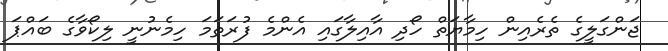
ޖަންގަލީގެ ތެރެއިން ހިމާޔަތް ހޯދި އާއިލާގައި އެންމެ ފުރަތަމަ ހިމެނުނީ ލިކޯވާގެ ބައްޕަ